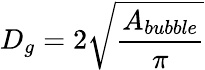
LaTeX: D_{g}=2\sqrt{\frac{A_{bubble}}{\pi}}